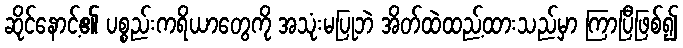
ဆိုင်နောင့်၏ ပစ္စည်းကရိယာတွေကို အသုံးမပြုဘဲ အိတ်ထဲထည့်ထားသည်မှာ ကြာပြီဖြစ်၍